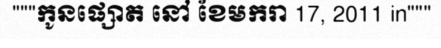
"""កូនផ្សោត នៅ ខែមករា 17, 2011 in"""